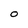
Character: O